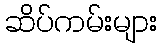
ဆိပ်ကမ်းများ